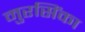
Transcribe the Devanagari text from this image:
मुरसिंका